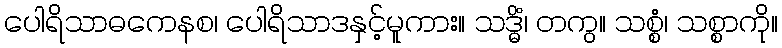
ပေါရိသာဓကေနစ၊ ပေါရိသာဒနှင့်မူကား။ သဒ္ဓိံ၊ တကွ။ သစ္စံ၊ သစ္စာကို။